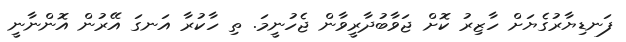
ފަނޑިޔާރުގެޔަށް ހާޒިރު ކޮށް ޖަވާބުދާރީވާން ޖެހުނީމަ. ތި ހާކުރާ އަނގަ އޭރުން އޮންނާނީ